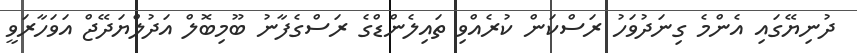
ދުނިޔޭގައި އެންމެ ގިނަދުވަހު ރަސްކަން ކުރެއްވި ތައިލެންޑްގެ ރަސްގެފާނު ބޫމިބޮލް އަދުލްޔަދޭޖް އަވަހާރަވީ